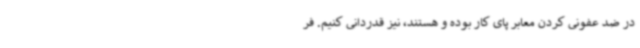
در ضد عفونی کردن معابر پای کار بوده و هستند، نیز قدردانی کنیم. فر